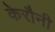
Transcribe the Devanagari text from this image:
केरौनी